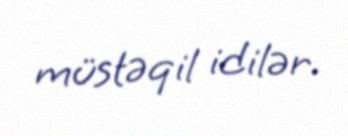
müstəqil idilər.